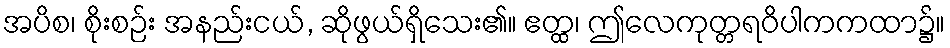
အပိစ၊ စိုးစဉ်း အနည်းငယ်, ဆိုဖွယ်ရှိသေး၏။ ဧတ္ထ၊ ဤလေကုတ္တရဝိပါကကထာ၌။